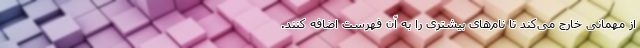
از مهمانی خارج می‌کند تا نام‌های بیشتری را به آن فهرست اضافه کنند.